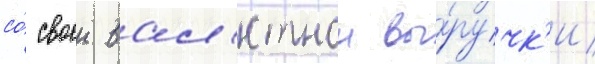
со́ своеи вал'ютнои вы́ручк'и